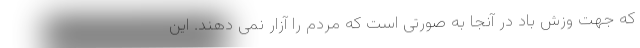
که جهت وزش باد در آنجا به صورتی است که مردم را آزار نمی دهند. این